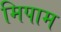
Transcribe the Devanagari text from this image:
मिपाम